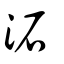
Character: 沰